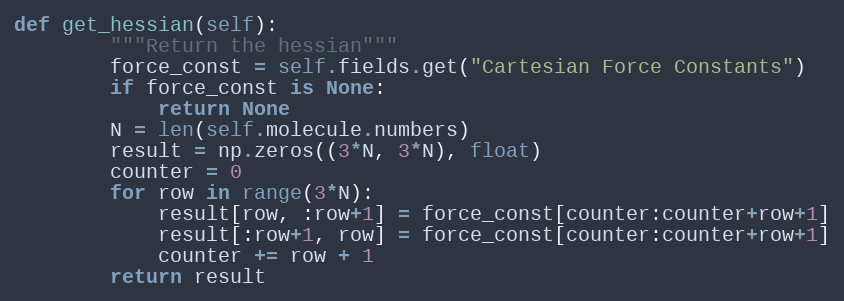
Language: Python
def get_hessian(self):
        """Return the hessian"""
        force_const = self.fields.get("Cartesian Force Constants")
        if force_const is None:
            return None
        N = len(self.molecule.numbers)
        result = np.zeros((3*N, 3*N), float)
        counter = 0
        for row in range(3*N):
            result[row, :row+1] = force_const[counter:counter+row+1]
            result[:row+1, row] = force_const[counter:counter+row+1]
            counter += row + 1
        return result